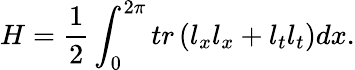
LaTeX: H=\frac 12\int_{0}^{2\pi}tr\left(l_{x}l_{x}+l_{t}l_{t}\right)dx.